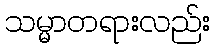
သမ္မာတရားလည်း